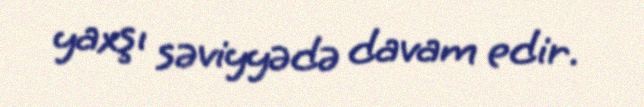
yaxşı səviyyədə davam edir.